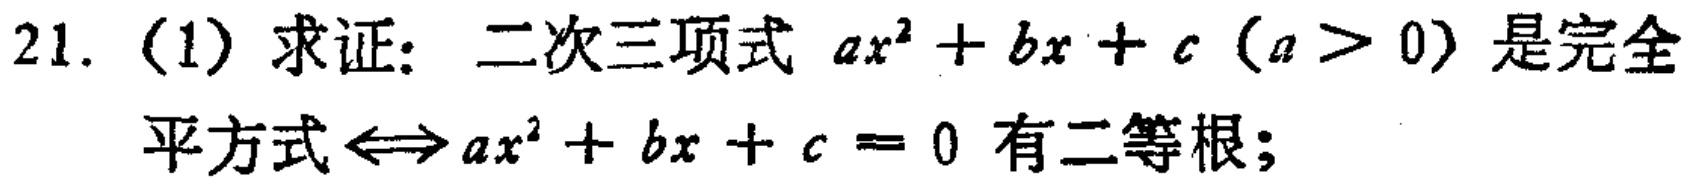
21. (1) 求证：二次三项式 \(ax^{2}+bx + c\) (\(a>0\)) 是完全平方式 \(\Leftrightarrow ax^{2}+bx + c = 0\) 有二等根；